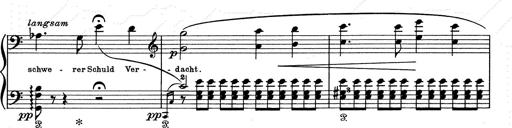
Title: Aus Lohengrin
Composer: Franz Liszt